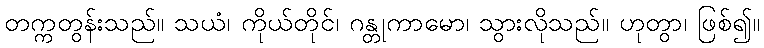
တက္ကတွန်းသည်။ သယံ၊ ကိုယ်တိုင်၊ ဂန္တုကာမော၊ သွားလိုသည်။ ဟုတွာ၊ ဖြစ်၍။